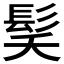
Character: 𮪽